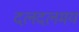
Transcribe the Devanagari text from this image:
दलदलमय